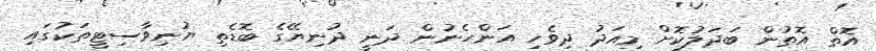
އޮތް އޮތުން ބަދަލުކޮށް މިއަދު ދިވެހި އަންހެނުން ދަނީ ދުނިޔޭގެ ބޮޑެތި ޔުނިވާސިޓީތަކުގައި